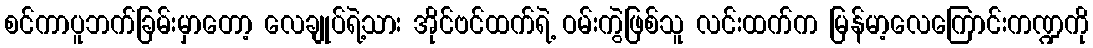
စင်ကာပူဘက်ခြမ်းမှာတော့ လေချုပ်ရဲ့သား အိုင်ဗင်ထက်ရဲ့ ဝမ်းကွဲဖြစ်သူ လင်းထက်က မြန်မာ့လေကြောင်းကဏ္ဍကို